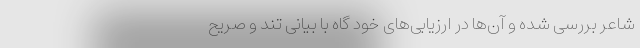
شاعر بررسی شده و آن‌ها در ارزیابی‌های خود گاه با بیانی تند و صریح